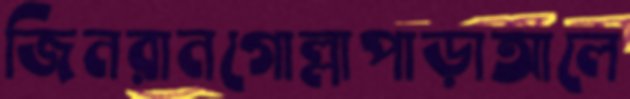
জিনরানগোল্লাপাড়াআলে